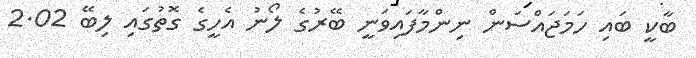
ބާކީ ބައި ހަމަޖައްްސަން ނިންމާފައިވަނީ ބޭރުގެ ލޯނު އެހީގެ ގޮތުގައި ލިބޭ 2.02